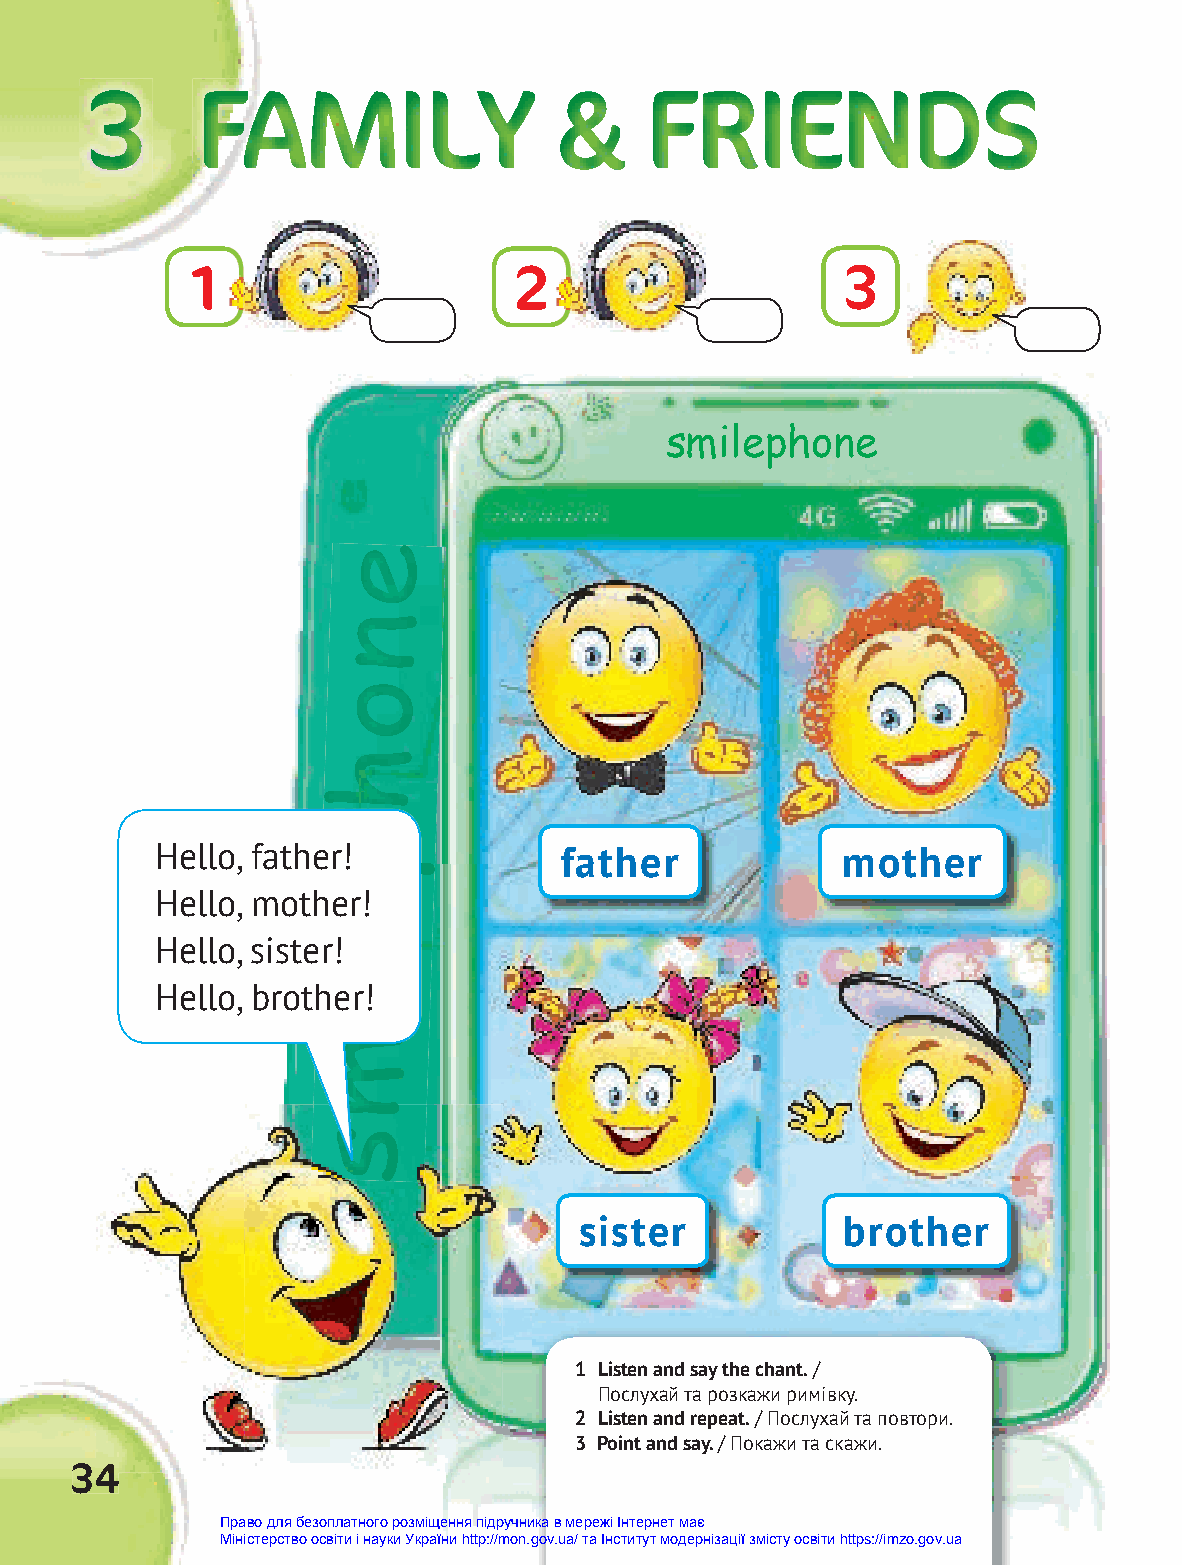
333    FFFFFFAAAAAAMMMMMMIIIIIILLLLLLYYYYYY &&&&&&&&&&&&& FFFFFFFFRRRRRRRRIIIIIIIIEEEEEEEENNNNNNNNDDDDDDDDSSSSSSSS
 1                    2                     3
 smilephone
 eeeeee
 nnnnnn
 oooooo
 hhhhhh
 pppppp
 Hello, father!             father             mother
 Hello, motheeeeeeer!
 Hello, sister!
 llllll
 Hello, brother!
 iiiiii
 mmmmmm
 ssssss
 sister            brother
 1 Listen and say the chant. /
 Послухай та розкажи римівку.
 2 Listen and repeat. / Послухай та повтори.
 3 Point and say. / Покажи та скажи.
 3344
 Право для безоплатного розміщення підручника в мережі Інтернет має
 Міністерство освіти і науки України http://mon.gov.ua/ та Інститут модернізації змісту освіти https://imzo.gov.ua